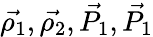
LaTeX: \vec{\rho_{1}},\vec{\rho_{2}},\vec{P_{1}},\vec{P_{1}}